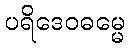
ပရိဒေဝဓမ္မေ